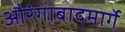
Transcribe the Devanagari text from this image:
औरंगाबादमार्गे